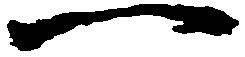
一